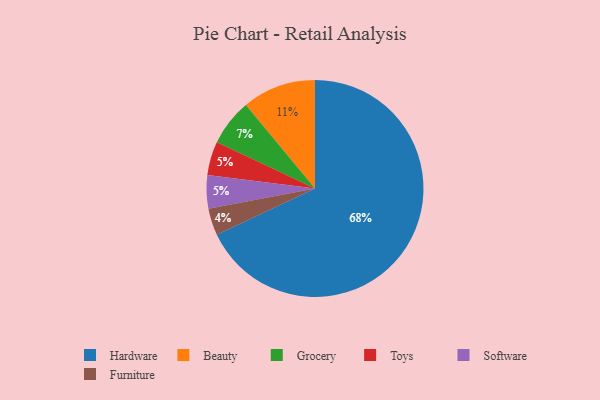
{"axis": {"x": "Category", "y": "Percentage"}, "legend": ["Beauty", "Furniture", "Grocery", "Hardware", "Software", "Toys"], "data": [{"x": "Grocery", "y": 7, "type": "Grocery"}, {"x": "Toys", "y": 5, "type": "Toys"}, {"x": "Software", "y": 5, "type": "Software"}, {"x": "Beauty", "y": 11, "type": "Beauty"}, {"x": "Furniture", "y": 4, "type": "Furniture"}, {"x": "Hardware", "y": 68, "type": "Hardware"}]}